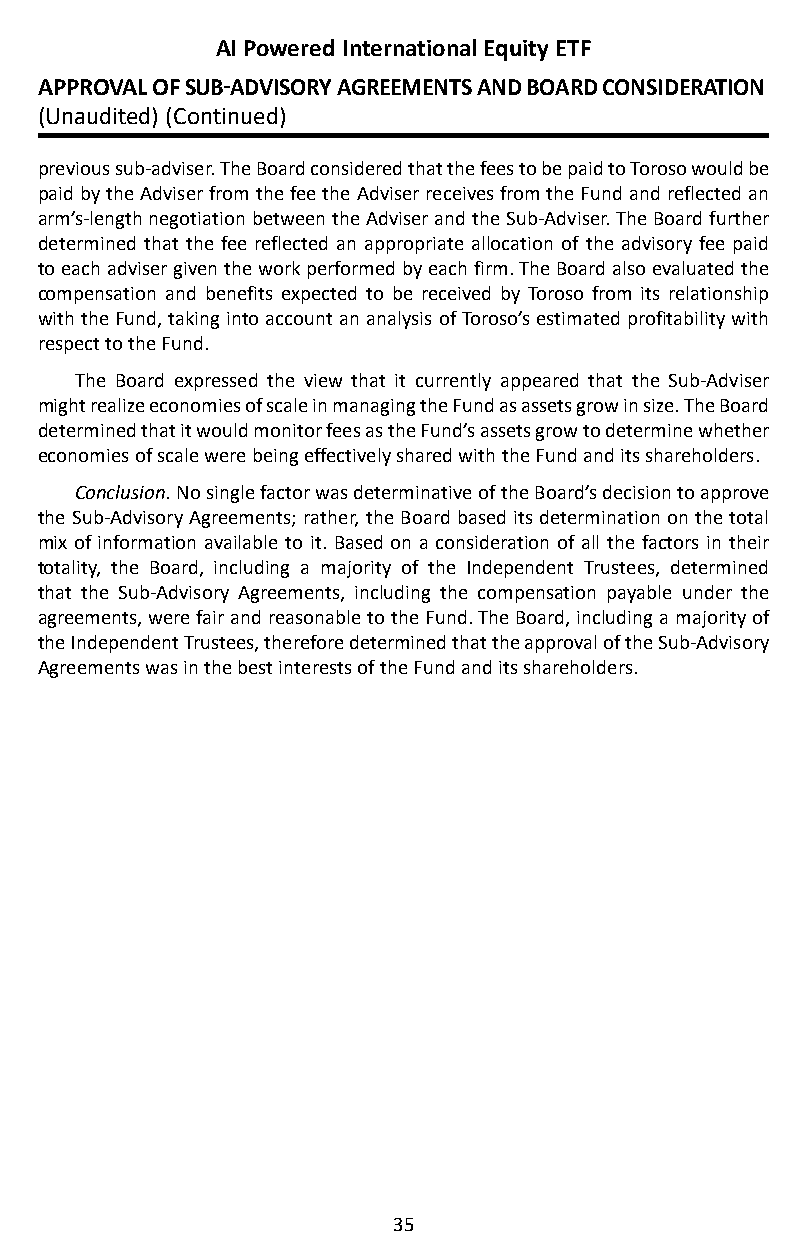
AI Powered International Equity ETF
 APPROVAL OF SUB-ADVISORY AGREEMENTS AND BOARD CONSIDERATION
 (Unaudited) (Continued)
 previous sub-adviser� The Board considered that the fees to be paid to Toroso would be
 paid by the Adviser from the fee the Adviser receives from the Fund and reflected an
 arm’s-length negotiation between the Adviser and the Sub-Adviser� The Board further
 determined that the fee reflected an appropriate allocation of the advisory fee paid
 to each adviser given the work performed by each firm� The Board also evaluated the
 compensation and benefits expected to be received by Toroso from its relationship
 with the Fund, taking into account an analysis of Toroso’s estimated profitability with
 respect to the Fund�
 The Board expressed the view that it currently appeared that the Sub-Adviser
 might realize economies of scale in managing the Fund as assets grow in size� The Board
 determined that it would monitor fees as the Fund’s assets grow to determine whether
 economies of scale were being effectively shared with the Fund and its shareholders�
 Conclusion. No single factor was determinative of the Board’s decision to approve
 the Sub-Advisory Agreements; rather, the Board based its determination on the total
 mix of information available to it� Based on a consideration of all the factors in their
 totality, the Board, including a majority of the Independent Trustees, determined
 that the Sub-Advisory Agreements, including the compensation payable under the
 agreements, were fair and reasonable to the Fund� The Board, including a majority of
 the Independent Trustees, therefore determined that the approval of the Sub-Advisory
 Agreements was in the best interests of the Fund and its shareholders�
 35